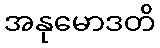
အနုမောဒတိ